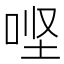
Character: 𫪄